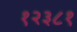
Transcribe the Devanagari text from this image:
१२३८१